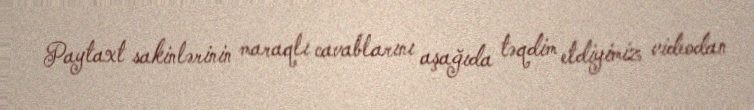
Paytaxt sakinlərinin maraqlı cavablarını aşağıda təqdim etdiyimiz videodan